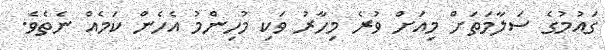
ގައުމުގެ ސަލާމަތަށް މިއަށް ވުރެ މިހާރު ވަކި މުހިންމު އެހެން ކަމެއް ނެތެވެ.